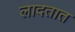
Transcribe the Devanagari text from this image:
लादतात